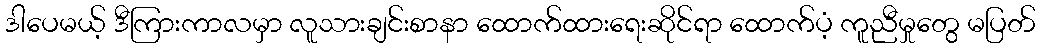
ဒါပေမယ့် ဒီကြားကာလမှာ လူသားချင်းစာနာ ထောက်ထားရေးဆိုင်ရာ ထောက်ပံ့ ကူညီမှုတွေ မပြတ်